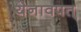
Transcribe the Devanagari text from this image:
येनावपत्